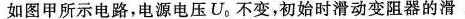
如图甲所示电路，电源电压U_{o}不变，初始时滑动变阻器的滑